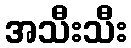
အသီးသီး